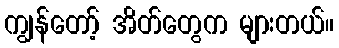
ကျွန်တော့် အိတ်တွေက များတယ်။